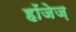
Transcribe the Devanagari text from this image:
हॉजेज़